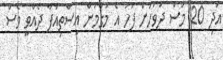
އަދި 20 މަސް ދުވަހަށް ފަހު އެ މަގާމުން އިސްތިއުފާ ދެއްވީ ވެސް